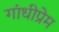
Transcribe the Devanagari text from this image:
गांधीप्रेम